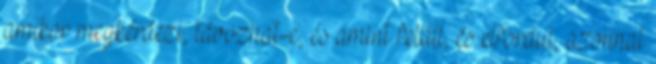
amikor megkérdezi, távozhat-e, és amint feláll, és elfordul, azonnal